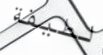
لطيفة